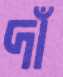
দাঁ